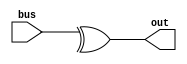
module my_xor (input [1:0] bus,
               output out);

   // applies XOR to bus[0] and bus[1]
   // assign out = bus[0] ^ bus[1]
   assign out = ^bus;
endmodule // xor